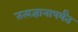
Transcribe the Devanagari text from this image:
तत्वज्ञानापर्यंत